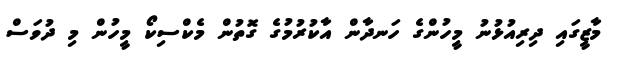
މާޒީގައި ދިރިއުޅުނު މީހުންގެ ހަނދާން އާކުރުމުގެ ގޮތުން މެކްސިކޯ މީހުން މި ދުވަސް